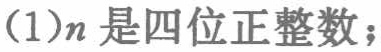
(1)\(n\)是四位正整数；